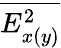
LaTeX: \overline{{E_{x(y)}^{2}}}